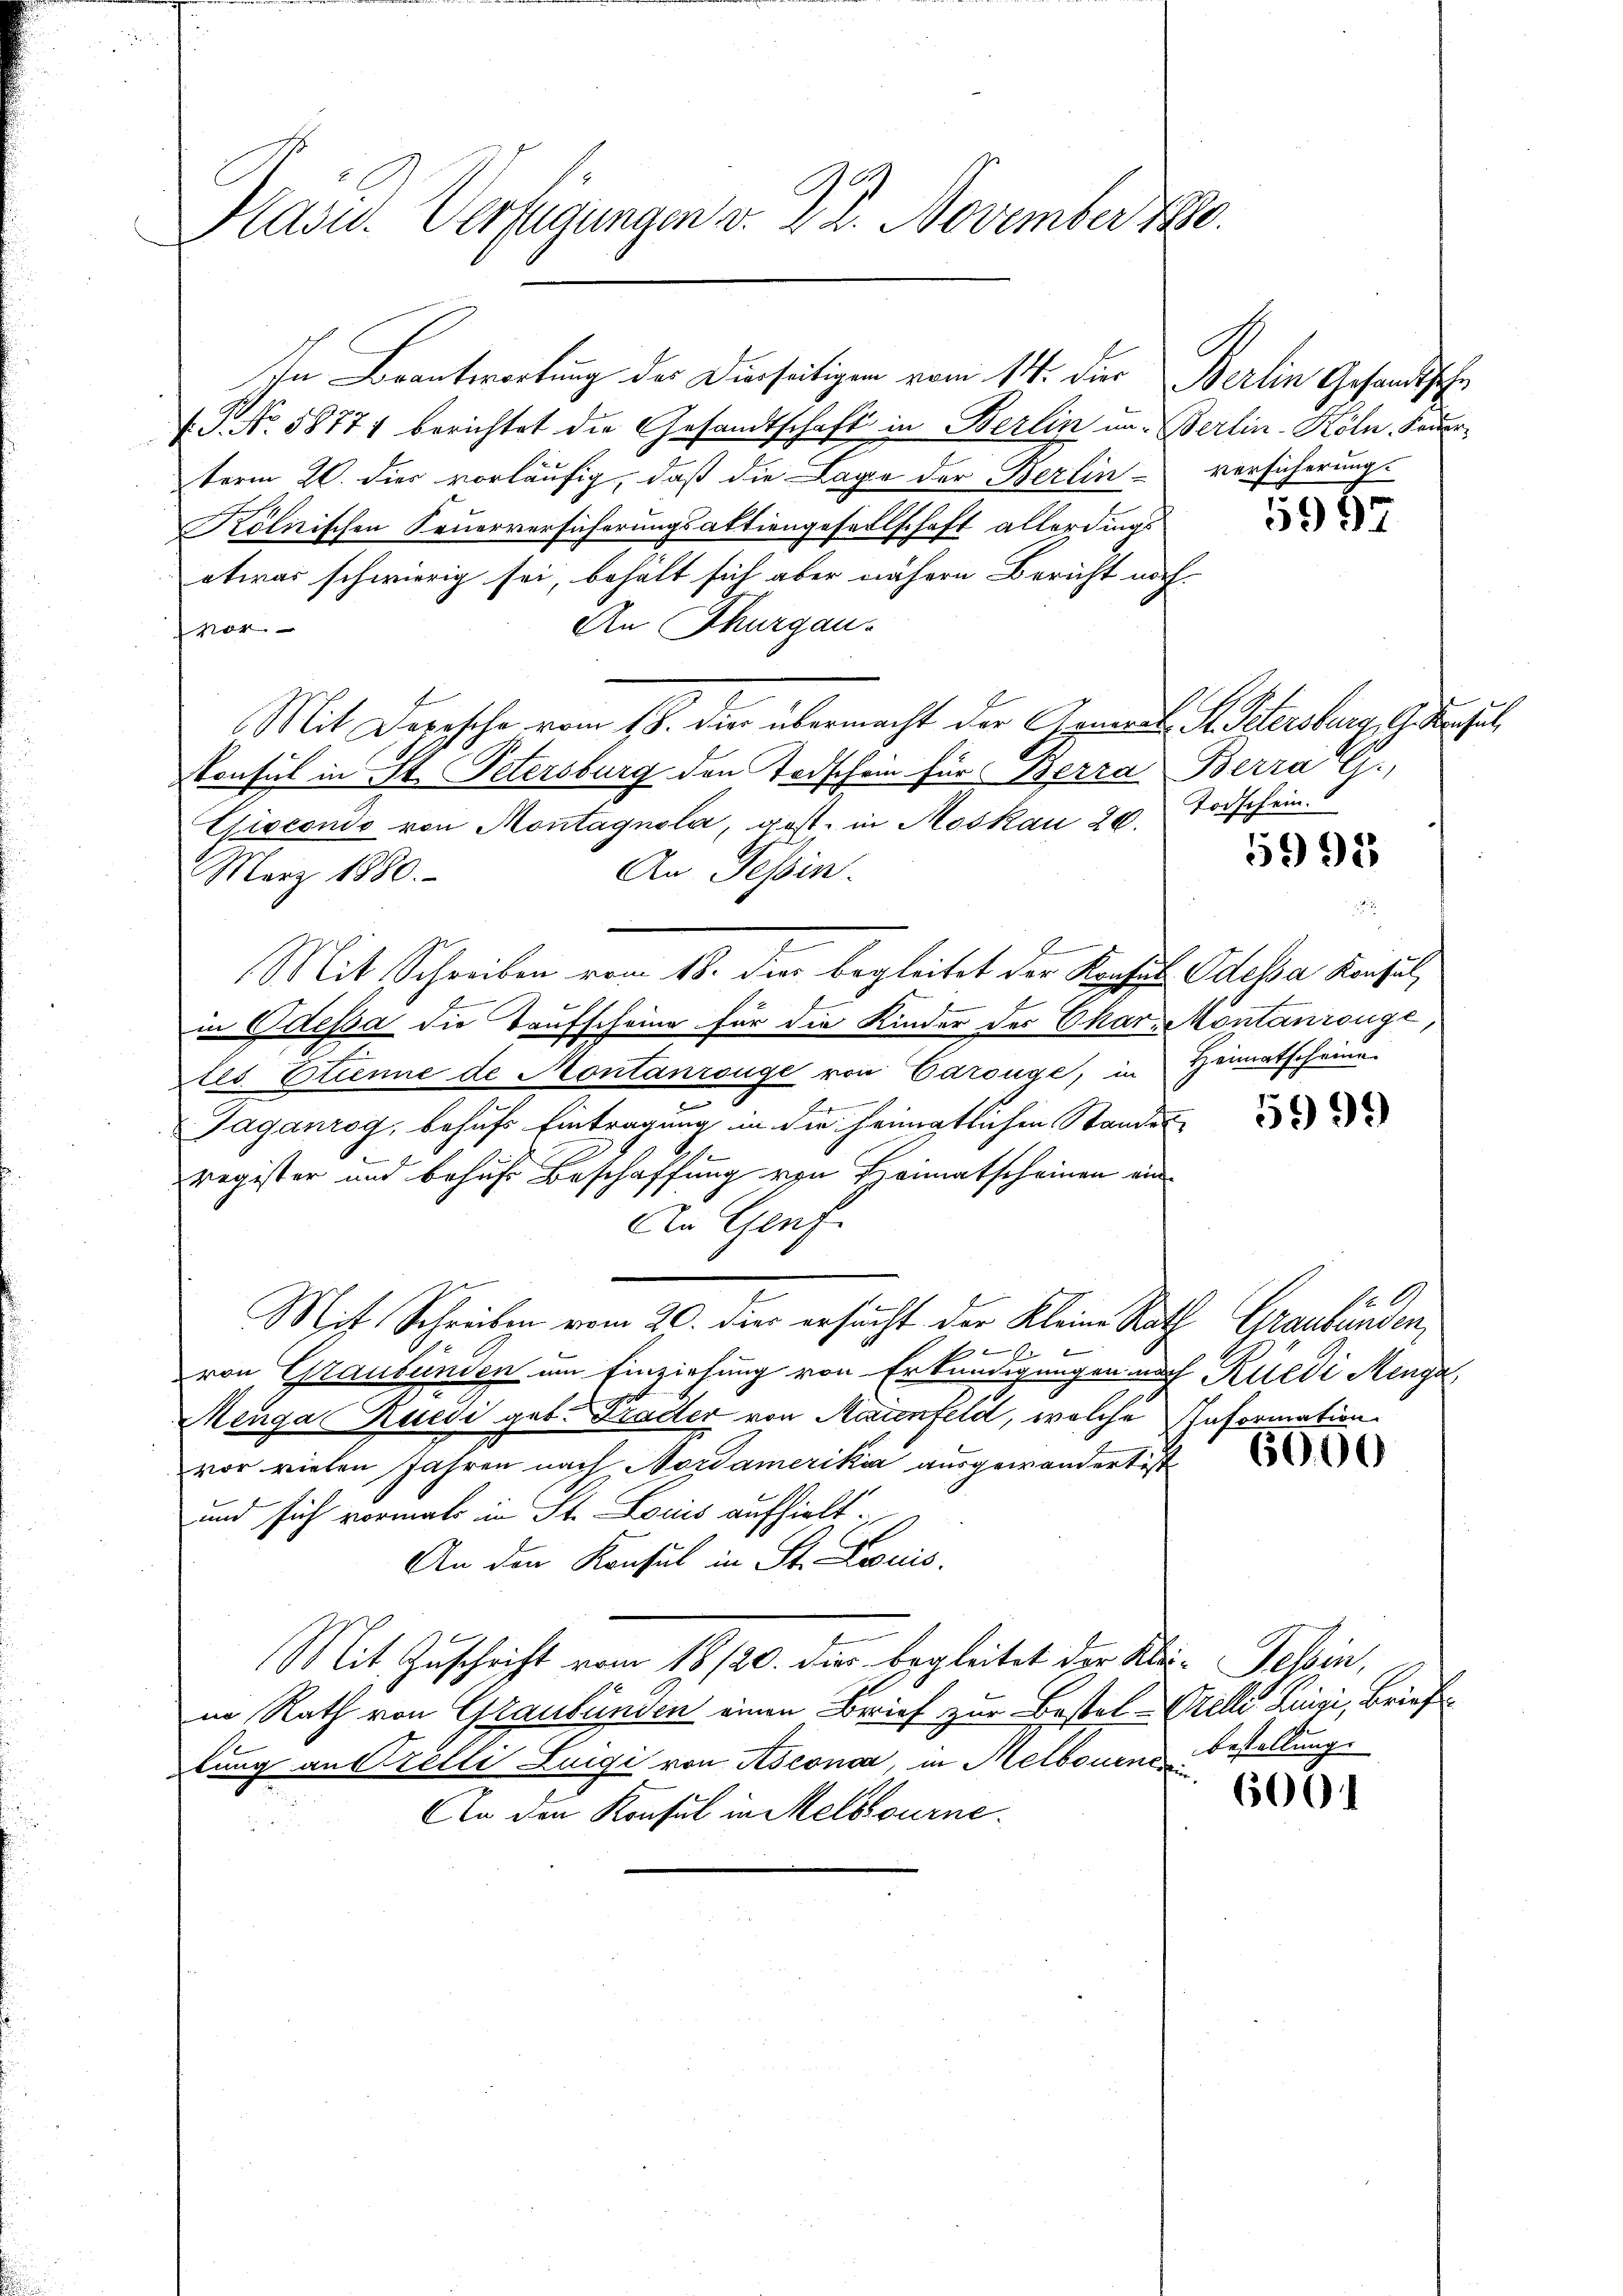
Hasid. Verfügungen v. 22. November 180.

In Beantwortung der Dierseitigen vom 14. der Berlin Gesandtsche
(J No. 58771 berichtet die Gesandtschaft in Berlin un- Berlin-Köln Feuerterm 20. dies vorläufig, daß die Lage der Berlin versicherung.
Kölnischen Feuerversicherungsaktiengesellschaft allerdings
etwas schwierig sei, behalt sich aber nähern Bericht noch
An Thurgau.
vor.
Mit Depesche vom 18. die übermacht der General St. Petersburg, Gattenhut,
Konsul in St. Petersburg den Todschein für Berra Berra G.,
Giscondo von Montagnola, gest. in Moskau 20. Todschein.
An Tessin.
März 1880.
f
Mit Schreiben vom 18. dies begleitet der Konsul Odessa Konsul,

in Odessa die Taufscheine für die Kinder der Charzekontanzenge
dles Etienne de Montanzüge von Carouge, in Heimatscheine
e
b
Jaganzog, behufs Eintragung in die heimatlichen Standes
E
register und behufs Beschaffung von Heimatscheinen ein
An Genf.
Mit Schreiben vom 20. dies ersucht der Kleine Rath Graubünden,
b
1x
b
von Graubünden um Einziehung von Erkundigungen nach Rüedi Menga
Menga Ruesi geb. Krader von Marienteld, welche Information.
vor vielen Jahren nach Nordamerika ausgewandert ist
und sich vormals in St. Lociis aufhielt.
An den Konsul in St. Louis.
Mit Zuschrift vom 18/20. dies begleitet der Klei-Gelsin,
in Rath von Graubünden einen Brief zur Bestal-Orelli Luigi, Brief
tung an Prelli Luigi von Asconda, in Melbouenstellung.
An den Konsul in Melbourne¬

55997

5995

5999

6000

6001